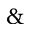
\&